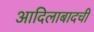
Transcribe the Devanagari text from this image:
आदिलाबादची